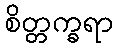
စိတ္တက္ခရာ